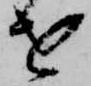
を